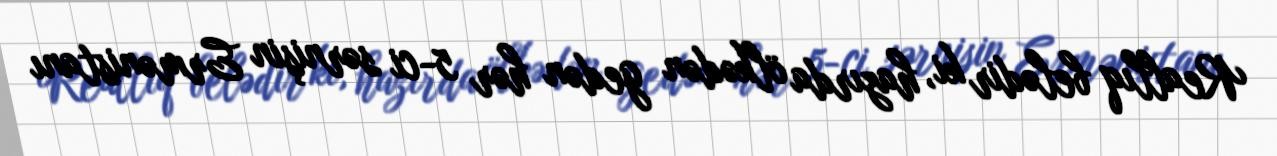
Reallıq belədir ki, hazırda ölkədən gedən hər 5-ci sərnişin Ermənistanı